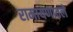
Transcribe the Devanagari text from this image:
रामायणातले